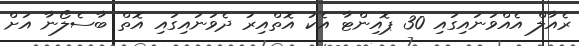
ރެއާލް އެއްވަނައިގައި 30 ޕޮއިންޓާ އެކު އޮތްއިރު ދެވަނައިގައި އޮތް ބާސެލޯނާ އަށް